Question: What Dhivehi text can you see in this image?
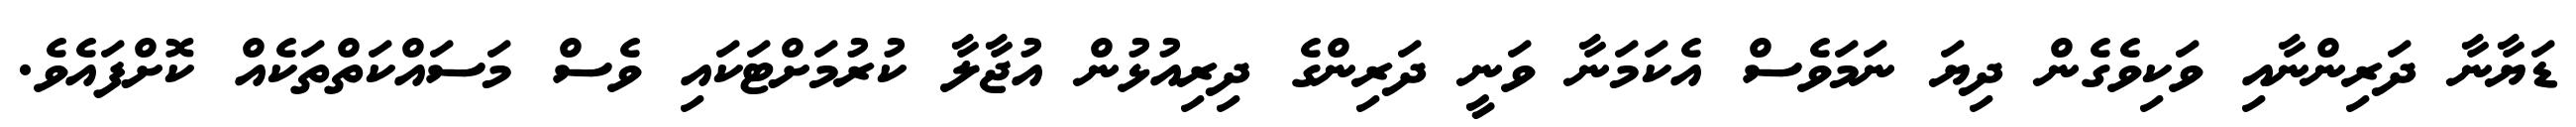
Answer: ޑަޔާނާ ދަރިންނާއި ވަކިވެގެން ދިޔަ ނަމަވެސް އެކަމަނާ ވަނީ ދަރިންގެ ދިރިއުޅުން އުޖާލާ ކުރުމަށްޓަކައި ވެސް މަސައްކަތްތަކެއް ކޮށްފައެވެ.